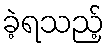
ခဲ့ရသည့်